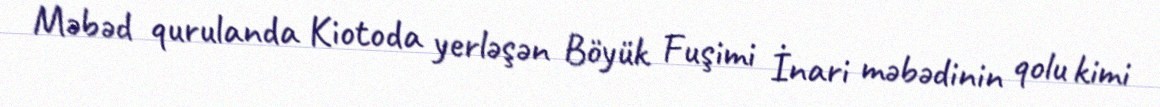
Məbəd qurulanda Kiotoda yerləşən Böyük Fuşimi İnari məbədinin qolu kimi